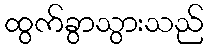
ထွက်ခွာသွားသည်